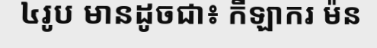
៤រូប មានដូចជា៖ កីឡាករ ម៉ន